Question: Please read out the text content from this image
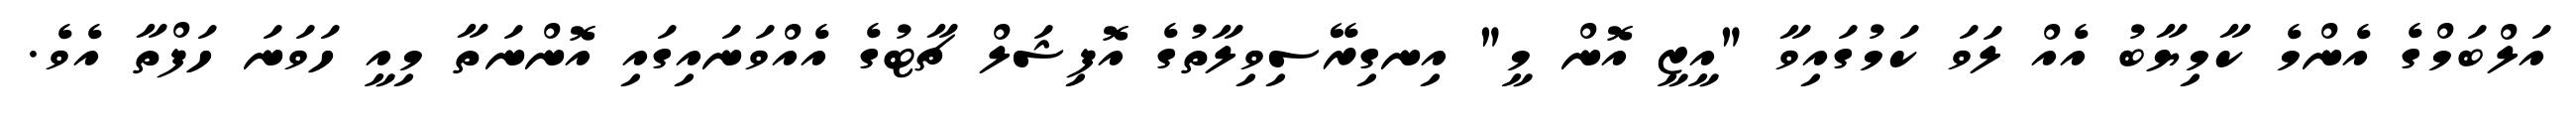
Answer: އަލްބަމްގެ އެންމެ ކާމިޔާބު އެއް ލަވަ ކަމުގައިވާ "އީޒީ އޮން މީ" އިނގިރޭސިވިލާތުގެ އޮފިޝަލް ޗާޓުގެ އެއްވަނައިގައި އޮންނަތާ މިއީ ހަވަނަ ހަފްތާ އެވެ.